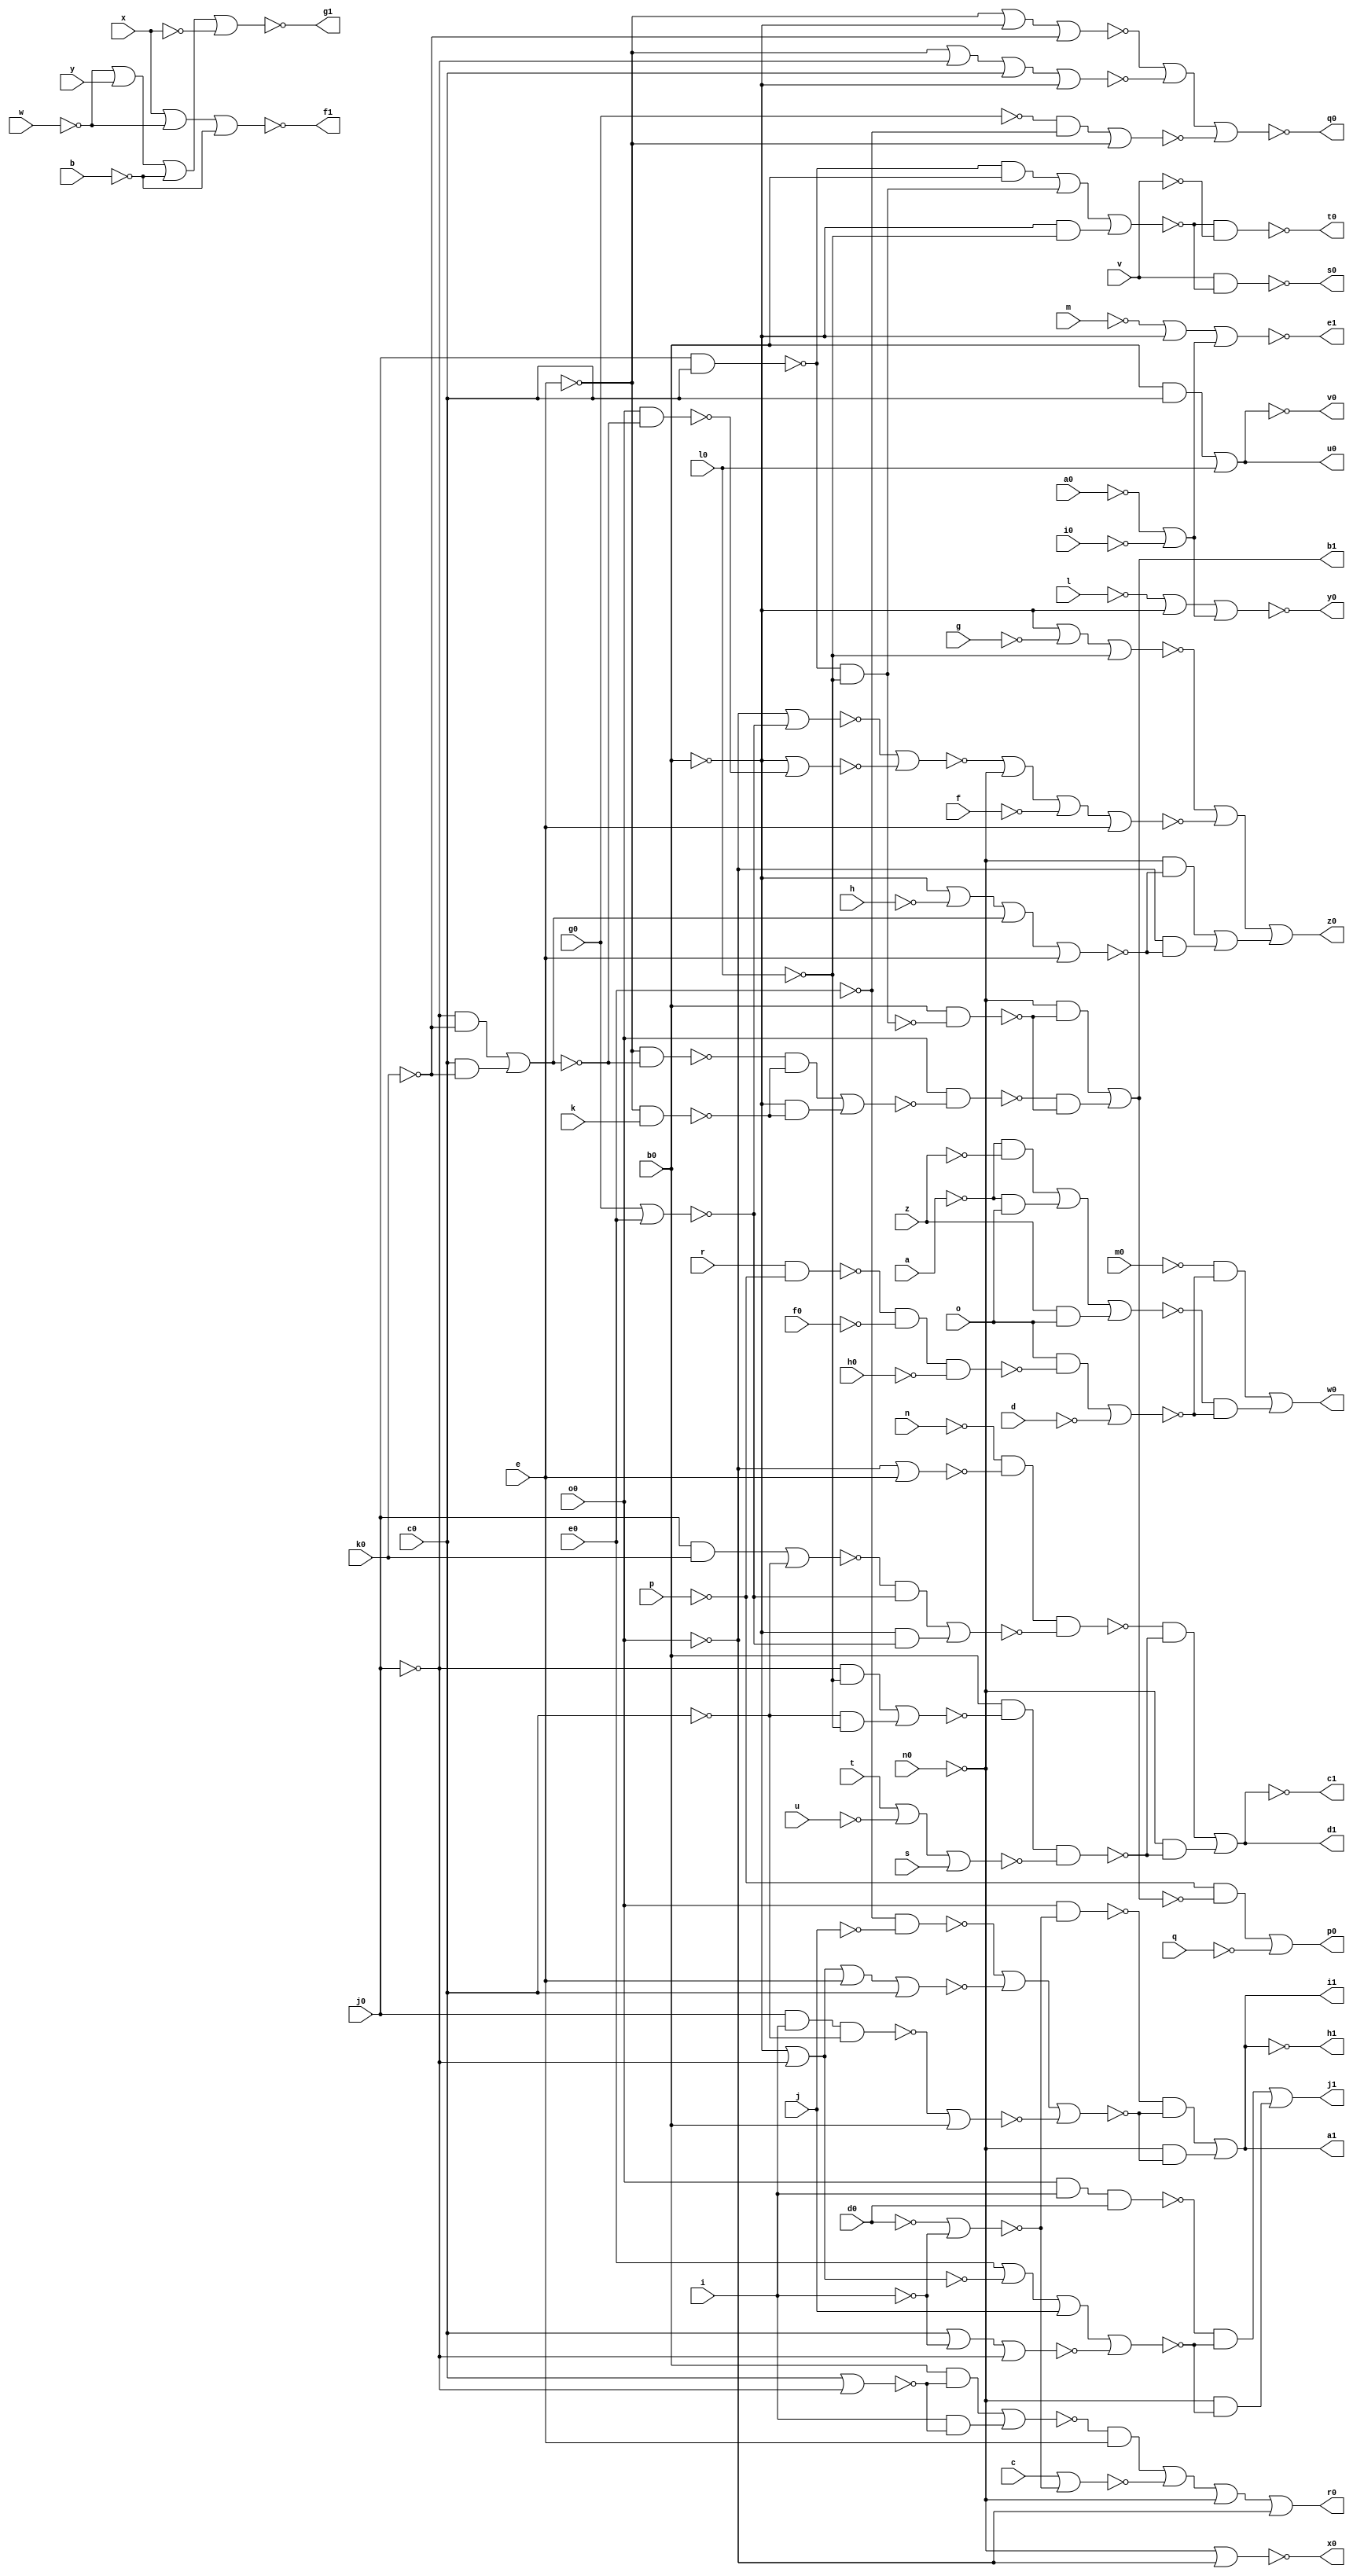
// Benchmark "top" written by ABC on Fri Mar 31 12:07:59 2023

module top ( 
    a, b, c, d, e, f, g, h, i, j, k, l, m, n, o, p, a0, q, b0, r, c0, s,
    d0, t, e0, u, f0, v, g0, w, h0, x, i0, y, j0, z, k0, l0, m0, n0, o0,
    p0, q0, r0, s0, t0, u0, v0, w0, x0, y0, z0, a1, c1, b1, e1, d1, g1, f1,
    i1, h1, j1  );
  input  a, b, c, d, e, f, g, h, i, j, k, l, m, n, o, p, a0, q, b0, r,
    c0, s, d0, t, e0, u, f0, v, g0, w, h0, x, i0, y, j0, z, k0, l0, m0, n0,
    o0;
  output p0, q0, r0, s0, t0, u0, v0, w0, x0, y0, z0, a1, c1, b1, e1, d1, g1,
    f1, i1, h1, j1;
  wire new_na_, new_nb_, new_nc_, new_nd_, new_ne_, new_nf_, new_ng_,
    new_nh_, new_ni_, new_nj_, new_nk_, new_nl_, new_nm_, new_nn_, new_no_,
    new_np_, new_na0_, new_nq_, new_nb0_, new_nr_, new_nc0_, new_ns_,
    new_nd0_, new_nt_, new_ne0_, new_nu_, new_nf0_, new_nv_, new_ng0_,
    new_nw_, new_nh0_, new_nx_, new_ni0_, new_ny_, new_nj0_, new_nz_,
    new_nk0_, new_nl0_, new_nm0_, new_nn0_, new_no0_, new_n_n122_,
    new_nl2_, new_nw2_, new_na5_, new_n_n97_, new_nu5_, new_n_n84_,
    new_n_n78_, new_n_n71_, new_na1_, new_nm2_, new_n_n112_, new_nc5_,
    new_nn5_, new_nv5_, new_n_n85_, new_n_n77_, new_nf5_, new_nb1_,
    new_nh2_, new_n_n113_, new_nz3_, new_ns4_, new_n_n92_, new_n_n83_,
    new_n_n80_, new_n_n72_, new_np0_, new_n_n121_, new_nk2_, new_n_n114_,
    new_nd4_, new_nr4_, new_n_n91_, new_nr3_, new_n_n79_, new_nh5_,
    new_n_n125_, new_n_n119_, new_nu2_, new_nf3_, new_nn3_, new_nw5_,
    new_nk4_, new_n_n76_, new_n_n67_, new_n_n4_, new_nr0_, new_n_n120_,
    new_nx2_, new_ng3_, new_n_n106_, new_n_n90_, new_n_n82_, new_n_n75_,
    new_n_n68_, new_nw0_, new_ns2_, new_n_n110_, new_n_n89_, new_ne3_,
    new_nl5_, new_n_n69_, new_nj1_, new_nt2_, new_n_n111_, new_n_n88_,
    new_na4_, new_nk5_, new_n_n70_, new_nk3_, new_nt3_, new_nj4_,
    new_n_n100_, new_nj5_, new_ns5_, new_nt0_, new_n_n109_, new_ns3_,
    new_n_n104_, new_n_n101_, new_nm5_, new_n_n94_, new_nu0_, new_ni3_,
    new_nq3_, new_nl4_, new_nx4_, new_ng5_, new_n_n95_, new_nv0_, new_nj3_,
    new_no3_, new_nm4_, new_nv4_, new_ni5_, new_nr5_, new_n_n3_,
    new_n_n124_, new_n_n117_, new_n_n115_, new_nr2_, new_n_n105_, new_ne4_,
    new_n_n102_, new_n_n98_, new_nq5_, new_nh3_, new_n_n73_, new_n_n1_,
    new_ng2_, new_nv2_, new_nm3_, new_ny3_, new_nf4_, new_n_n103_,
    new_ne5_, new_np5_, new_n_n81_, new_n_n74_, new_nq0_, new_nz0_,
    new_n_n116_, new_n_n108_, new_nx3_, new_nh4_, new_nu4_, new_nd5_,
    new_no5_, new_nt5_, new_n_n86_, new_n_n2_, new_n_n123_, new_n_n118_,
    new_n_n107_, new_nw3_, new_ni4_, new_nt4_, new_n_n99_, new_n_n96_,
    new_n_n93_, new_n_n87_, new_ns0_, new_nc4_, new_nq4_, new_n_n48_,
    new_np3_, new_n_n33_, new_n_n64_, new_np4_, new_n_n49_, new_n_n39_,
    new_nz2_, new_ny4_, new_nn4_, new_n_n46_, new_nv3_, new_nc3_, new_nz4_,
    new_n_n55_, new_n_n47_, new_n_n40_, new_n_n34_, new_n_n0_, new_n_n65_,
    new_n_n26_, new_n_n17_, new_nd1_, new_n_n5_, new_n_n66_, new_n_n25_,
    new_n_n18_, new_nc1_, new_nx0_, new_n_n24_, new_n_n15_, new_nf1_,
    new_ny0_, new_n_n23_, new_n_n16_, new_ne1_, new_n_n6_, new_nb3_,
    new_nl3_, new_n_n30_, new_no2_, new_nh1_, new_n_n7_, new_n_n45_,
    new_n_n38_, new_n_n29_, new_n_n20_, new_ng1_, new_n_n8_, new_n_n61_,
    new_n_n53_, new_n_n28_, new_n_n19_, new_n_n13_, new_n_n9_, new_n_n60_,
    new_n_n54_, new_n_n27_, new_nn2_, new_ni1_, new_n_n10_, new_n_n62_,
    new_n_n59_, new_n_n51_, new_n_n42_, new_n_n35_, new_nf2_, new_n_n11_,
    new_no4_, new_n_n58_, new_n_n52_, new_n_n41_, new_nd3_, new_n_n14_,
    new_n_n12_, new_n_n63_, new_n_n57_, new_ng4_, new_n_n44_, new_n_n36_,
    new_n_n32_, new_n_n21_, new_nw4_, new_n_n56_, new_n_n50_, new_n_n43_,
    new_n_n37_, new_n_n31_, new_n_n22_;
  assign p0 = new_np0_;
  assign new_na_ = a;
  assign q0 = new_nq0_;
  assign new_nb_ = b;
  assign r0 = new_nr0_;
  assign new_nc_ = c;
  assign s0 = new_ns0_;
  assign new_nd_ = d;
  assign t0 = new_nt0_;
  assign new_ne_ = e;
  assign u0 = new_nu0_;
  assign new_nf_ = f;
  assign v0 = new_nv0_;
  assign new_ng_ = g;
  assign w0 = new_nw0_;
  assign new_nh_ = h;
  assign x0 = new_nx0_;
  assign new_ni_ = i;
  assign y0 = new_ny0_;
  assign new_nj_ = j;
  assign z0 = new_nz0_;
  assign new_nk_ = k;
  assign new_nl_ = l;
  assign new_nm_ = m;
  assign new_nn_ = n;
  assign new_no_ = o;
  assign a1 = new_na1_;
  assign new_np_ = p;
  assign new_na0_ = a0;
  assign new_nq_ = q;
  assign new_nb0_ = b0;
  assign c1 = new_nc1_;
  assign new_nr_ = r;
  assign b1 = new_nb1_;
  assign new_nc0_ = c0;
  assign new_ns_ = s;
  assign new_nd0_ = d0;
  assign e1 = new_ne1_;
  assign new_nt_ = t;
  assign d1 = new_nd1_;
  assign new_ne0_ = e0;
  assign new_nu_ = u;
  assign new_nf0_ = f0;
  assign g1 = new_ng1_;
  assign new_nv_ = v;
  assign f1 = new_nf1_;
  assign new_ng0_ = g0;
  assign new_nw_ = w;
  assign new_nh0_ = h0;
  assign i1 = new_ni1_;
  assign new_nx_ = x;
  assign h1 = new_nh1_;
  assign new_ni0_ = i0;
  assign new_ny_ = y;
  assign new_nj0_ = j0;
  assign new_nz_ = z;
  assign j1 = new_nj1_;
  assign new_nk0_ = k0;
  assign new_nl0_ = l0;
  assign new_nm0_ = m0;
  assign new_nn0_ = n0;
  assign new_no0_ = o0;
  assign new_n_n122_ = new_n_n79_ & new_n_n10_;
  assign new_nl2_ = new_nh3_ | new_na4_ | new_n_n74_ | new_n_n72_;
  assign new_nw2_ = new_n_n110_ | new_n_n111_;
  assign new_na5_ = new_n_n79_ | new_ne3_;
  assign new_n_n97_ = new_ne3_ & new_n_n80_;
  assign new_nu5_ = new_n_n87_ & new_n_n85_;
  assign new_n_n84_ = ~new_no4_;
  assign new_n_n78_ = ~new_np5_;
  assign new_n_n71_ = ~new_nn_;
  assign new_na1_ = new_n_n121_ | new_n_n122_;
  assign new_nm2_ = new_n_n19_ | new_n_n87_;
  assign new_n_n112_ = new_n_n29_ & new_n_n30_;
  assign new_nc5_ = new_ne3_ | new_n_n74_;
  assign new_nn5_ = new_n_n96_ | new_n_n97_;
  assign new_nv5_ = new_n_n91_ | new_n_n92_;
  assign new_n_n85_ = ~new_nr2_;
  assign new_n_n77_ = ~new_no5_;
  assign new_nf5_ = ~new_nw5_;
  assign new_nb1_ = new_n_n119_ | new_n_n120_;
  assign new_nh2_ = new_n_n61_ & new_n_n18_;
  assign new_n_n113_ = new_n_n29_ & new_nz2_;
  assign new_nz3_ = new_n_n41_ | new_n_n42_ | new_n_n43_;
  assign new_ns4_ = new_n_n102_ | new_n_n103_;
  assign new_n_n92_ = new_n_n86_ & new_n_n88_;
  assign new_n_n83_ = ~new_nr5_;
  assign new_n_n80_ = ~new_nh4_;
  assign new_n_n72_ = ~new_nr3_;
  assign new_np0_ = new_n_n125_ | new_n_n0_;
  assign new_n_n121_ = new_n_n9_ & new_n_n10_;
  assign new_nk2_ = new_nl5_ & new_nv3_;
  assign new_n_n114_ = new_n_n28_ & new_n_n30_;
  assign new_nd4_ = new_n_n44_ | new_n_n46_ | new_n_n47_;
  assign new_nr4_ = new_n_n56_ | new_n_n57_ | new_n_n58_;
  assign new_n_n91_ = new_n_n87_ & new_n_n88_;
  assign new_nr3_ = ~new_nc0_;
  assign new_n_n79_ = ~new_nn0_;
  assign new_nh5_ = ~new_nr_;
  assign new_n_n125_ = new_n_n52_ & new_n_n1_;
  assign new_n_n119_ = new_n_n79_ & new_n_n12_;
  assign new_nu2_ = new_n_n116_ | new_n_n26_;
  assign new_nf3_ = new_n_n34_ & new_n_n35_;
  assign new_nn3_ = new_n_n20_ & new_n_n86_ & new_nr3_;
  assign new_nw5_ = new_n_n90_ | new_n_n89_;
  assign new_nk4_ = ~new_nl0_;
  assign new_n_n76_ = ~new_nf_;
  assign new_n_n67_ = ~new_nt5_;
  assign new_n_n4_ = ~new_nm0_;
  assign new_nr0_ = new_n_n2_ | new_n_n79_ | new_ne3_;
  assign new_n_n120_ = new_n_n11_ & new_n_n12_;
  assign new_nx2_ = new_n_n33_ | new_nh3_ | new_n_n37_;
  assign new_ng3_ = new_n_n35_ & new_nd3_;
  assign new_n_n106_ = new_n_n39_ & new_n_n74_;
  assign new_n_n90_ = ~new_na0_;
  assign new_n_n82_ = ~new_nr4_;
  assign new_n_n75_ = ~new_nm5_;
  assign new_n_n68_ = ~new_nq5_;
  assign new_nw0_ = new_n_n123_ | new_n_n124_;
  assign new_ns2_ = new_n_n65_ | new_n_n22_ | new_n_n24_ | new_n_n23_;
  assign new_n_n110_ = new_n_n31_ & new_n_n32_;
  assign new_n_n89_ = ~new_ni0_;
  assign new_ne3_ = ~new_no0_;
  assign new_nl5_ = ~new_ne0_;
  assign new_n_n69_ = ~new_nd5_;
  assign new_nj1_ = new_n_n117_ | new_n_n118_;
  assign new_nt2_ = new_n_n61_ & new_n_n86_ & new_n_n25_;
  assign new_n_n111_ = new_n_n79_ & new_n_n32_;
  assign new_n_n88_ = ~new_ng5_;
  assign new_na4_ = ~new_nj0_;
  assign new_nk5_ = ~new_nn5_;
  assign new_n_n70_ = ~new_nc5_;
  assign new_nk3_ = new_n_n107_ | new_n_n109_ | new_nr2_ | new_n_n108_;
  assign new_nt3_ = new_nh3_ | new_na4_;
  assign new_nj4_ = new_n_n104_ | new_n_n50_;
  assign new_n_n100_ = new_n_n72_ & new_no4_;
  assign new_nj5_ = new_n_n75_ | new_n_n79_ | new_n_n76_ | new_n_n74_;
  assign new_ns5_ = new_n_n87_ & new_n_n83_ & new_n_n82_;
  assign new_nt0_ = ~new_ng3_;
  assign new_n_n109_ = new_nh3_ & new_n_n87_;
  assign new_ns3_ = new_n_n72_ | new_ny4_ | new_na4_;
  assign new_n_n104_ = new_n_n87_ & new_n_n72_;
  assign new_n_n101_ = new_na4_ & new_no4_;
  assign new_nm5_ = new_n_n78_ | new_n_n77_;
  assign new_n_n94_ = new_na4_ & new_nk4_;
  assign new_nu0_ = ~new_nv0_;
  assign new_ni3_ = new_n_n36_ | new_nh3_ | new_n_n37_;
  assign new_nq3_ = new_n_n40_ | new_n_n18_;
  assign new_nl4_ = new_n_n51_ & new_n_n52_;
  assign new_nx4_ = new_nc4_ & new_n_n64_;
  assign new_ng5_ = new_n_n72_ | new_na4_;
  assign new_n_n95_ = new_nr3_ & new_nk4_;
  assign new_nv0_ = ~new_nj4_;
  assign new_nj3_ = new_n_n20_ & new_n_n72_;
  assign new_no3_ = new_nz4_ | new_ny4_;
  assign new_nm4_ = new_n_n55_ & new_n_n54_ & new_n_n53_;
  assign new_nv4_ = new_nc4_ & new_n_n63_;
  assign new_ni5_ = new_nh3_ | new_n_n73_ | new_nk4_;
  assign new_nr5_ = new_n_n94_ | new_n_n95_;
  assign new_n_n3_ = ~new_nv2_;
  assign new_n_n124_ = new_n_n3_ & new_n_n5_;
  assign new_n_n117_ = new_n_n13_ & new_n_n14_;
  assign new_n_n115_ = new_n_n28_ & new_nz2_;
  assign new_nr2_ = new_n_n21_ & new_nk4_;
  assign new_n_n105_ = new_nn4_ & new_nl5_;
  assign new_ne4_ = new_n_n46_ | new_n_n45_ | new_n_n47_ | new_nb3_;
  assign new_n_n102_ = new_n_n59_ & new_n_n60_;
  assign new_n_n98_ = new_n_n67_ & new_n_n68_;
  assign new_nq5_ = new_n_n66_ | new_n_n65_;
  assign new_nh3_ = ~new_nb0_;
  assign new_n_n73_ = ~new_ng_;
  assign new_n_n1_ = ~new_no2_;
  assign new_ng2_ = new_n_n15_ | new_n_n16_ | new_n_n17_;
  assign new_nv2_ = new_n_n113_ | new_n_n115_ | new_n_n112_ | new_n_n114_;
  assign new_nm3_ = new_n_n106_ | new_n_n38_;
  assign new_ny3_ = new_n_n105_ | new_nc4_;
  assign new_nf4_ = new_n_n101_ | new_n_n100_;
  assign new_n_n103_ = new_nh3_ & new_n_n60_;
  assign new_ne5_ = new_n_n71_ & new_n_n70_ & new_n_n69_;
  assign new_np5_ = new_ne3_ | new_n_n68_;
  assign new_n_n81_ = ~new_ni4_;
  assign new_n_n74_ = ~new_nc4_;
  assign new_nq0_ = ~new_nz3_;
  assign new_nz0_ = new_n_n6_ | new_n_n7_ | new_n_n8_;
  assign new_n_n116_ = new_n_n30_ & new_n_n27_;
  assign new_n_n108_ = new_nh3_ & new_nk4_;
  assign new_nx3_ = new_nc4_ | new_na4_ | new_n_n72_ | new_nh3_;
  assign new_nh4_ = new_nh3_ | new_n_n48_ | new_n_n49_ | new_n_n74_;
  assign new_nu4_ = new_n_n100_ | new_n_n101_;
  assign new_nd5_ = new_n_n98_ | new_n_n99_;
  assign new_no5_ = new_nh3_ | new_n_n81_;
  assign new_nt5_ = new_n_n93_ | new_nr3_;
  assign new_n_n86_ = ~new_ny4_;
  assign new_n_n2_ = ~new_nl3_;
  assign new_n_n123_ = new_n_n4_ & new_n_n5_;
  assign new_n_n118_ = new_n_n79_ & new_n_n14_;
  assign new_n_n107_ = new_n_n21_ & new_n_n87_;
  assign new_nw3_ = new_nc4_ | new_nh3_ | new_no4_;
  assign new_ni4_ = new_n_n61_ & new_ng4_;
  assign new_nt4_ = new_n_n61_ & new_n_n62_;
  assign new_n_n99_ = new_nh3_ & new_n_n68_;
  assign new_n_n96_ = new_n_n79_ & new_n_n80_;
  assign new_n_n93_ = new_n_n20_ & new_n_n84_;
  assign new_n_n87_ = ~new_nh3_;
  assign new_ns0_ = ~new_nf3_;
  assign new_nc4_ = ~new_ne_;
  assign new_nq4_ = ~new_ns_;
  assign new_n_n48_ = ~new_nh_;
  assign new_np3_ = ~new_nc_;
  assign new_n_n33_ = ~new_nl_;
  assign new_n_n64_ = ~new_nw4_;
  assign new_np4_ = ~new_nt_;
  assign new_n_n49_ = ~new_ng4_;
  assign new_n_n39_ = ~new_nv5_;
  assign new_nz2_ = ~new_nz_;
  assign new_ny4_ = ~new_ni_;
  assign new_nn4_ = ~new_ng0_;
  assign new_n_n46_ = ~new_nw_;
  assign new_nv3_ = ~new_nj_;
  assign new_nc3_ = ~new_ny_;
  assign new_nz4_ = ~new_nd0_;
  assign new_n_n55_ = ~new_nl4_;
  assign new_n_n47_ = ~new_nb_;
  assign new_n_n40_ = ~new_np3_;
  assign new_n_n34_ = ~new_nd3_;
  assign new_n_n0_ = ~new_nq_;
  assign new_n_n65_ = ~new_nl5_;
  assign new_n_n26_ = ~new_nd_;
  assign new_n_n17_ = ~new_nm2_;
  assign new_nd1_ = ~new_nc1_;
  assign new_n_n5_ = ~new_nu2_;
  assign new_n_n66_ = ~new_nn4_;
  assign new_n_n25_ = ~new_nz4_;
  assign new_n_n18_ = ~new_no3_;
  assign new_nc1_ = ~new_nw2_;
  assign new_nx0_ = ~new_na5_;
  assign new_n_n24_ = ~new_nv3_;
  assign new_n_n15_ = ~new_nk2_;
  assign new_nf1_ = ~new_nd4_;
  assign new_ny0_ = ~new_nx2_;
  assign new_n_n23_ = ~new_ns3_;
  assign new_n_n16_ = ~new_nl2_;
  assign new_ne1_ = ~new_ni3_;
  assign new_n_n6_ = ~new_ni5_;
  assign new_nb3_ = ~new_nx_;
  assign new_nl3_ = ~new_nm3_;
  assign new_n_n30_ = ~new_nf2_;
  assign new_no2_ = ~new_nn2_;
  assign new_nh1_ = ~new_na1_;
  assign new_n_n7_ = ~new_nj5_;
  assign new_n_n45_ = ~new_nc3_;
  assign new_n_n38_ = ~new_nq3_;
  assign new_n_n29_ = ~new_na_;
  assign new_n_n20_ = ~new_na4_;
  assign new_ng1_ = ~new_ne4_;
  assign new_n_n8_ = ~new_nk5_;
  assign new_n_n61_ = ~new_ne3_;
  assign new_n_n53_ = ~new_nh0_;
  assign new_n_n28_ = ~new_nz2_;
  assign new_n_n19_ = ~new_nn3_;
  assign new_n_n13_ = ~new_nt2_;
  assign new_n_n9_ = ~new_nh2_;
  assign new_n_n60_ = ~new_nx4_;
  assign new_n_n54_ = ~new_nf0_;
  assign new_n_n27_ = ~new_nm4_;
  assign new_nn2_ = ~new_nb1_;
  assign new_ni1_ = ~new_nh1_;
  assign new_n_n10_ = ~new_ng2_;
  assign new_n_n62_ = ~new_ns4_;
  assign new_n_n59_ = ~new_nv4_;
  assign new_n_n51_ = ~new_nh5_;
  assign new_n_n42_ = ~new_nx3_;
  assign new_n_n35_ = ~new_nk3_;
  assign new_nf2_ = ~new_no_;
  assign new_n_n11_ = ~new_nt4_;
  assign new_no4_ = ~new_nk0_;
  assign new_n_n58_ = ~new_nq4_;
  assign new_n_n52_ = ~new_np_;
  assign new_n_n41_ = ~new_nw3_;
  assign new_nd3_ = ~new_nv_;
  assign new_n_n14_ = ~new_ns2_;
  assign new_n_n12_ = ~new_nu5_;
  assign new_n_n63_ = ~new_nu4_;
  assign new_n_n57_ = ~new_nu_;
  assign new_ng4_ = ~new_nf4_;
  assign new_n_n44_ = ~new_nb3_;
  assign new_n_n36_ = ~new_nm_;
  assign new_n_n32_ = ~new_ns5_;
  assign new_n_n21_ = ~new_nj3_;
  assign new_nw4_ = ~new_nk_;
  assign new_n_n56_ = ~new_np4_;
  assign new_n_n50_ = ~new_nk4_;
  assign new_n_n43_ = ~new_ny3_;
  assign new_n_n37_ = ~new_nf5_;
  assign new_n_n31_ = ~new_ne5_;
  assign new_n_n22_ = ~new_nt3_;
endmodule